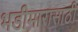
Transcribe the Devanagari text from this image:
भडीमारासाठी